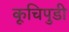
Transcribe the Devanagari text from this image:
कूचिपुडी